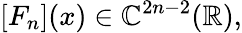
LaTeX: [F_{n}](x)\in\mathbb{C}^{2n-2}({\mathbb{R}}),